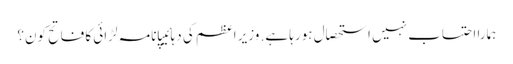
ہمارا احتساب نہیں استحصال ہورہا ہے. وزیر اعظم کی دہائیپانامہ لڑائی کا فاتح کون؟